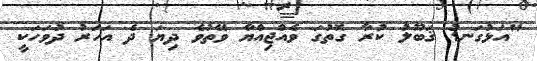
"އަޅުގަނޑު ޤަބޫލު ކުރާ ގޮތުގަ ވެއްޖިއްޔާ ވޭތުވެ ދިޔަ ދެ އަހަރު ދުވަހަކީ